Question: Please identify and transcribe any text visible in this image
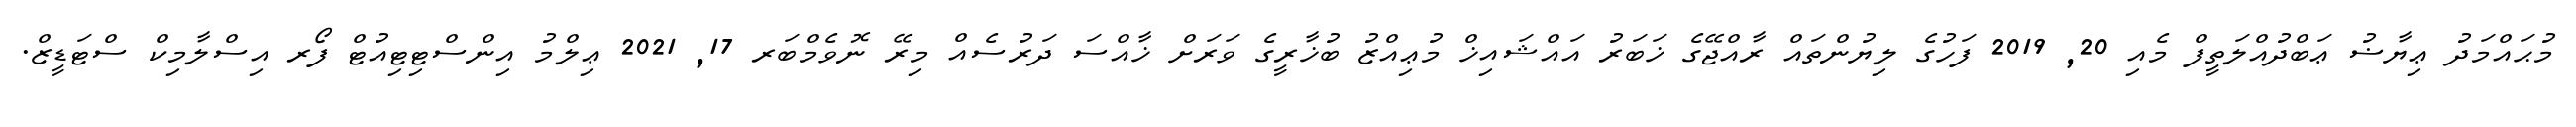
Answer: މުޙައްމަދު ޢިޔާޟު ޢަބްދުއްލަތީފް މެއި 20, 2019 ފަހުގެ ލިޔުންތައް ރާއްޖޭގެ ޚަބަރު އައްޝައިޚް މުޢިއްޒު ބުޚާރީގެ ވަރަށް ޚާއްސަ ދަރުސެއް މިރޭ ނޮވެމްބަރ 17, 2021 ޢިލްމު އިންސްޓިޓިއުޓް ފޯރ އިސްލާމިކް ސްޓަޑީޒް.